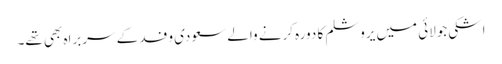
اشکی جولائی میں یروشلم کا دورہ کرنے والے سعودی وفد کے سربراہ بھی تھے۔